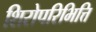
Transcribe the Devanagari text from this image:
शिरोपरिभित्ति